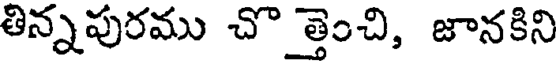
తిన్నపురము చొ త్తెంచి, జానకిని